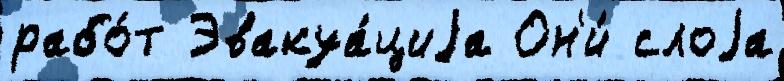
рабо́т Эвакуа́циjа Он'и́ слоjа